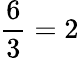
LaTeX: {\frac{6}{3}}=2